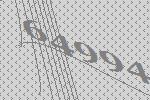
64994